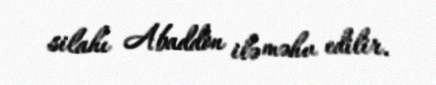
silahı Abaddon ilə məhv edilir.